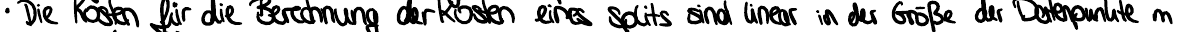
Die Kosten für die Berechnung der Kosten eines Splits sind linear in der Größe der Datenpunkte m